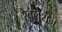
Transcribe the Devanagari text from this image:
रेवुलेशन